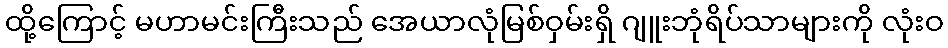
ထို့ကြောင့် မဟာမင်းကြီးသည် အေယာလုံမြစ်ဝှမ်းရှိ ဂျူးဘုံရိပ်သာများကို လုံးဝ